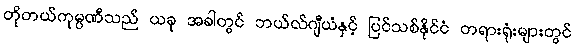
တိုတယ်ကုမ္ပဏီသည် ယခု အခါတွင် ဘယ်လ်ဂျီယံနှင့် ပြင်သစ်နိုင်ငံ တရားရုံးများတွင်